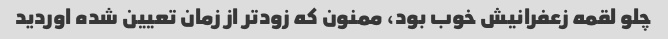
چلو لقمه زعفرانیش خوب بود، ممنون که زودتر از زمان تعیین شده اوردید